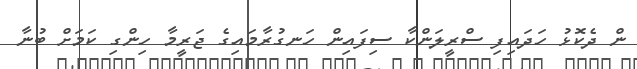
ން ދެކޮޅު ހަދައިފި ސްރީލަންކާ ސިފައިން ހަނގުރާމައިގެ ޖަރީމާ ހިންގި ކަމަށް ބުނާ